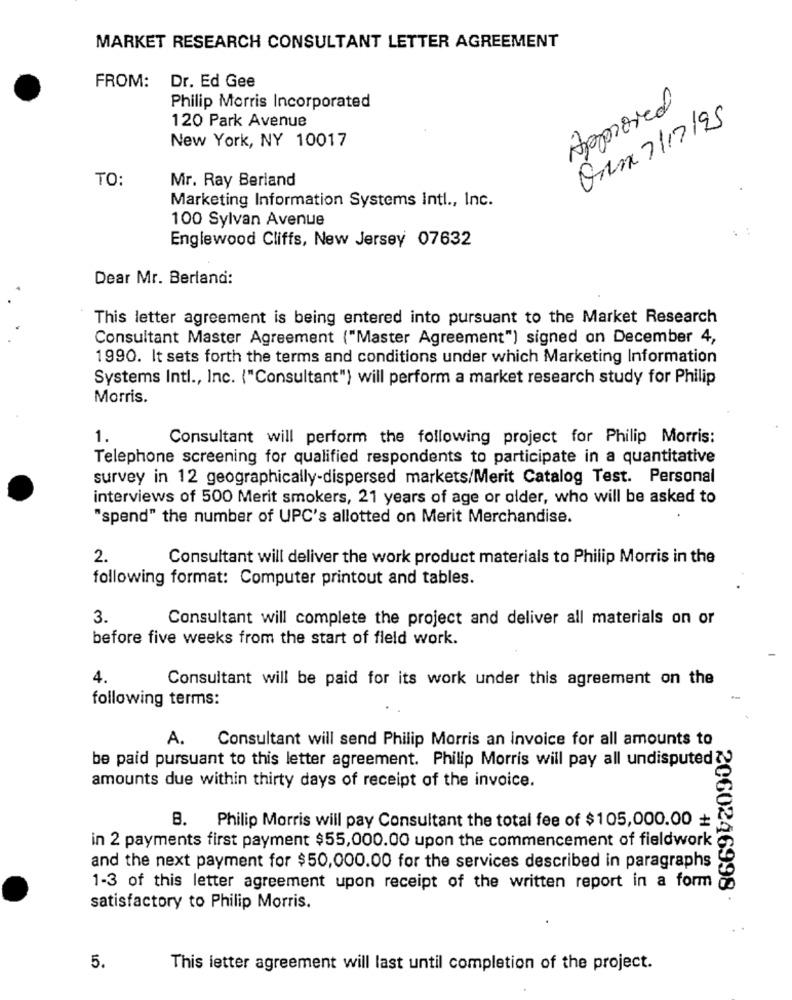
MARKET RESEARCH CONSULTANT LETTER AGREEMENT
Dr. Ed Gee
FROM:
Philip Morris Incorporated
Approved
120 Park Avenue
Our 7/17/25
New York, NY 10017
TO:
Mr. Ray Berland
Marketing Information Systems Intl ., Inc.
100 Sylvan Avenue
Englewood Cliffs, New Jersey 07632
Dear Mr. Berland:
This letter agreement is being entered into pursuant to the Market Research
Consultant Master Agreement ("Master Agreement") signed on December 4,
1990. It sets forth the terms and conditions under which Marketing Information
Systems Intl ., Inc. ("Consultant") will perform a market research study for Philip
Morris.
1.
Consultant will perform the following project for Philip Morris:
Telephone screening for qualified respondents to participate in a quantitative
survey in 12 geographically-dispersed markets/Merit Catalog Test. Personal
interviews of 500 Merit smokers, 21 years of age or older, who will be asked to
"spend" the number of UPC's allotted on Merit Merchandise.
2.
Consultant will deliver the work product materials to Philip Morris in the
following format: Computer printout and tables.
3.
Consultant will complete the project and deliver all materials on or
before five weeks from the start of fleld work.
4.
Consultant will be paid for its work under this agreement on the
following terms:
A.
Consultant will send Philip Morris an invoice for all amounts to
be paid pursuant to this letter agreement. Philip Morris will pay all undisputed ?
amounts due within thirty days of receipt of the invoice.
B. Philip Morris will pay Consultant the total fee of $105,000.00 +
in 2 payments first payment $55,000.00 upon the commencement of fieldwork
and the next payment for $50,000.00 for the services described in paragraphs
1-3 of this letter agreement upon receipt of the written report in a form
2060246998 .
satisfactory to Philip Morris.
5.
This letter agreement will last until completion of the project.